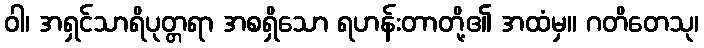
ဝါ၊ အရှင်သာရိပုတ္တရာ အစရှိသော ရဟန်းတာတို့၏ အထံမှ။ ဂတိတေသု၊